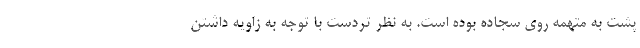
پشت به متهمه روی سجاده بوده است. به نظر تردست با توجه به زاویه داشتن